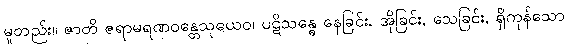
မူတည်း။ ဇာတိ ဇရာမရဏဝန္တေသုယေဝ၊ ပဋိသန္ဓေ နေခြင်း, အိုခြင်း, သေခြင်း, ရှိကုန်သော